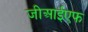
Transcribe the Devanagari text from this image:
जीआईएफ